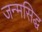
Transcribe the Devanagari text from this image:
जन्‍मसिद्ध